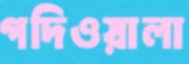
গদিওয়ালা